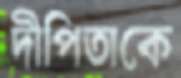
দীপিতাকে